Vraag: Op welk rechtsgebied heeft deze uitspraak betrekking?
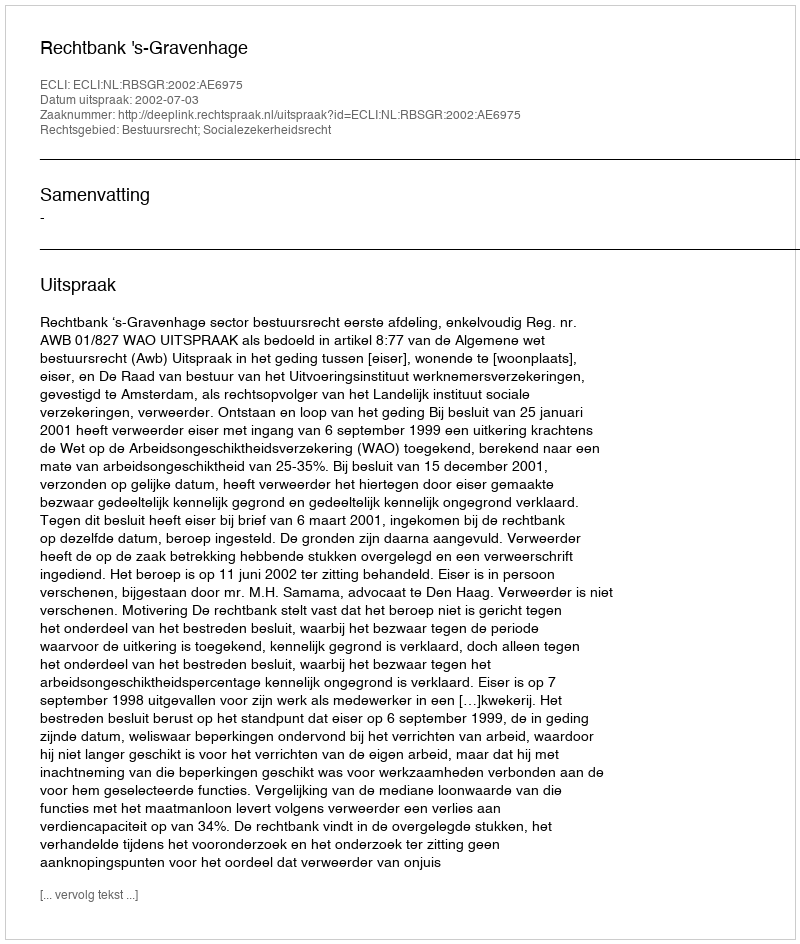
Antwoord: Bestuursrecht; Socialezekerheidsrecht